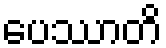
ပေဿာတိ